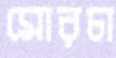
মোরচা